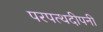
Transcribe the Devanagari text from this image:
परपत्थदीपनी